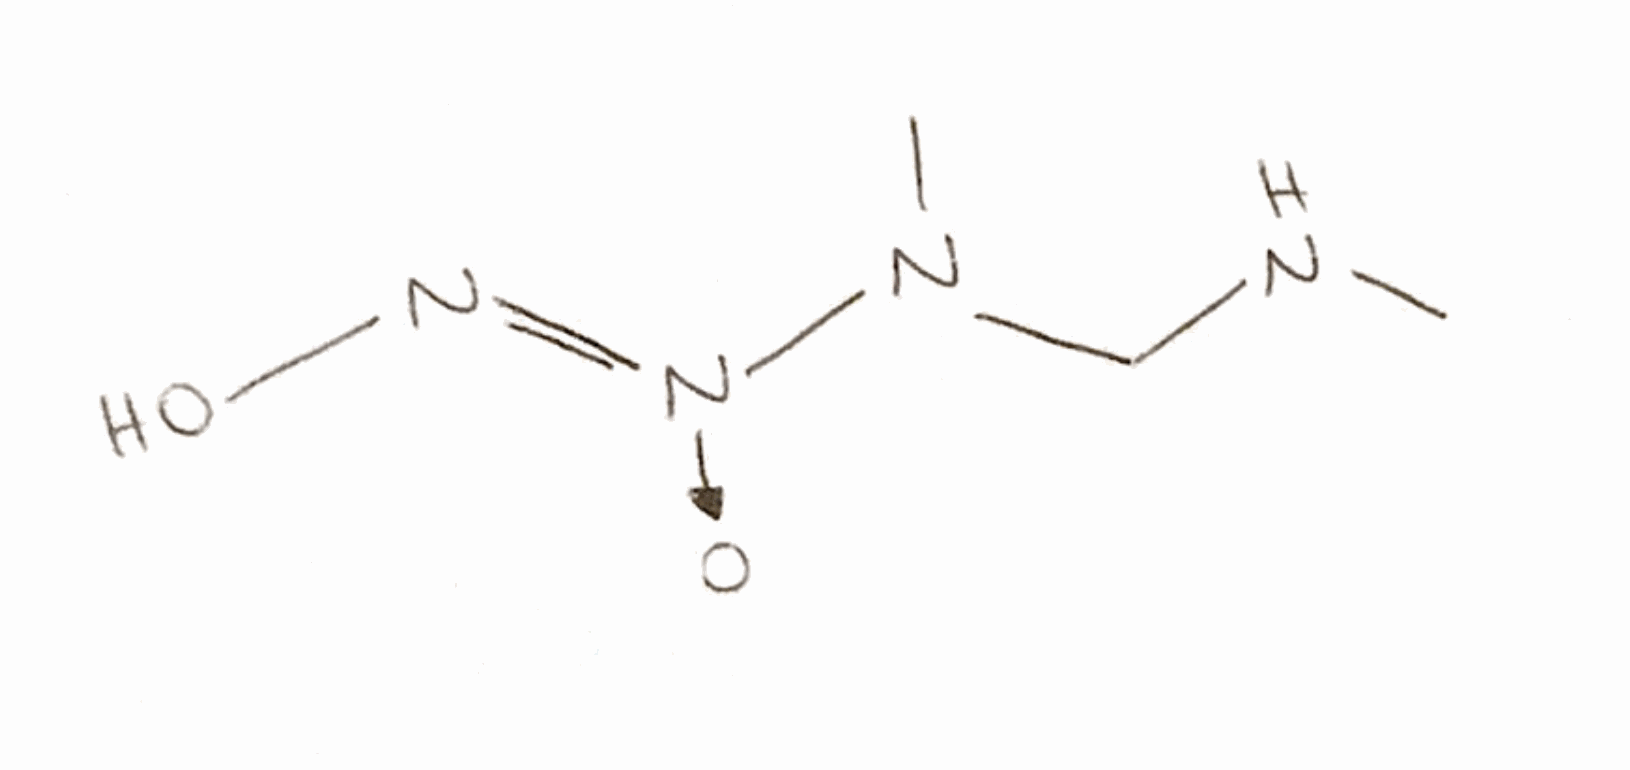
Simplified molecular-input line-entry system (SMILES) notation of the given molecule:
CNCN(C)[N+](=NO)[O-]